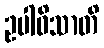
ဥပါဝိသာတိ